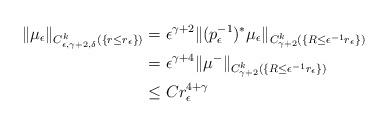
LaTeX: \begin{align*}\|\mu_\epsilon\|_{C^k_{\epsilon,\gamma+2,\delta}(\{r\leq r_\epsilon\})}&=\epsilon^{\gamma+2}\|(p_\epsilon^{-1})^*\mu_\epsilon\|_{C^k_{\gamma+2}(\{R\leq \epsilon^{-1}r_\epsilon\})}\\&=\epsilon^{\gamma+4}\|\mu^-\|_{C^k_{\gamma+2}(\{R\leq \epsilon^{-1}r_\epsilon\})}\\&\leq Cr_\epsilon^{4+\gamma}\end{align*}